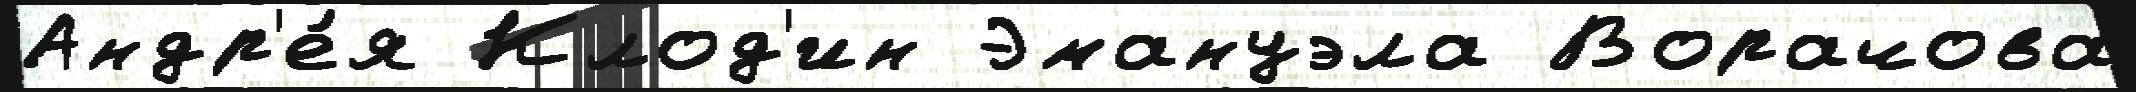
Андр'е́я Клод'ин Эмануэла Ворачова